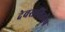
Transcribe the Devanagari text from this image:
देवसवितरेष